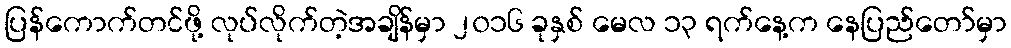
ပြန်ကောက်တင်ဖို့ လုပ်လိုက်တဲ့အချိန်မှာ ၂၀၁၆ ခုနှစ် မေလ ၁၃ ရက်နေ့က နေပြည်တော်မှာ